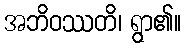
အဘိဝဿတိ၊ ရွာ၏။